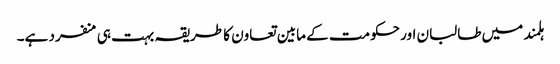
ہلمند میں طالبان اور حکومت کے مابین تعاون کا طریقہ بہت ہی منفرد ہے۔